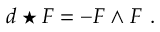
d \star F = - F \wedge F \ .